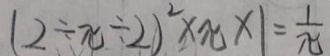
1 2 \div x \div 2 ) ^ { 2 } \times x \times 1 = \frac { 1 } { x }